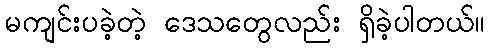
မကျင်းပခဲ့တဲ့ ဒေသတွေလည်း ရှိခဲ့ပါတယ်။